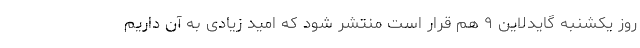
روز یکشنبه گایدلاین ۹ هم قرار است منتشر شود که امید زیادی به آن داریم